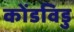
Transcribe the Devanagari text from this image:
कोंडविडु